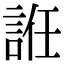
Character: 䛘